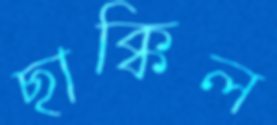
ছাক্কিল